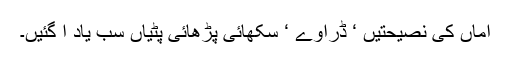
اماں کی نصیحتیں ‘ ڈراوے ‘ سکھائی پڑھائی پٹیاں سب یاد آ گئیں۔